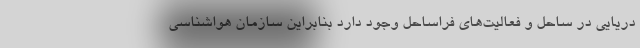
دریایی در ساحل و فعالیت‌های فراساحل وجود دارد بنابراین سازمان هواشناسی